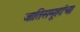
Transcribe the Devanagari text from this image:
जातिसमूहांचा